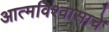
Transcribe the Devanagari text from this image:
आत्मविश्वासाचे